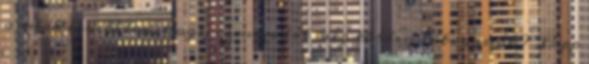
annak érdekében, hogy az uszodát még többen látogassák? Papp